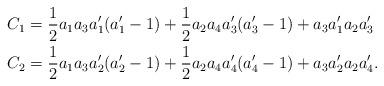
LaTeX: \begin{align*}C_{1}&=\frac{1}{2}a_{1}a_{3}a_{1}'(a_{1}'-1)+\frac{1}{2}a_{2}a_{4}a_{3}'(a_{3}'-1)+a_{3}a_{1}'a_{2}a_{3}'\\C_{2}&=\frac{1}{2}a_{1}a_{3}a_{2}'(a_{2}'-1)+\frac{1}{2}a_{2}a_{4}a_{4}'(a_{4}'-1)+a_{3}a_{2}'a_{2}a_{4}'.\end{align*}